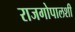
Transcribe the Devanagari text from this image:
राजगोपालशी